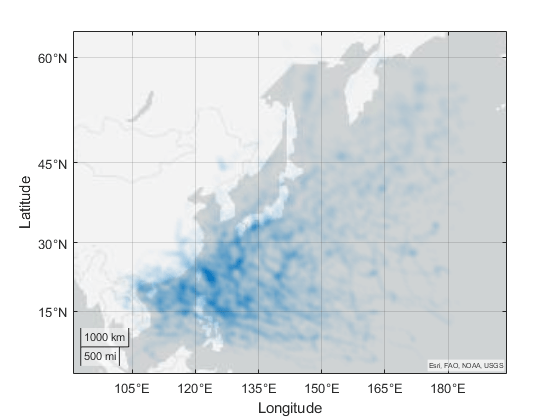
matlab, geodensityplot